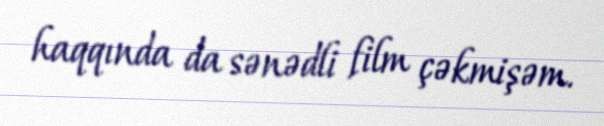
haqqında da sənədli film çəkmişəm.